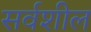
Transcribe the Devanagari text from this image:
सर्वशील